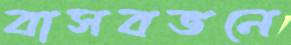
বাসবভনে